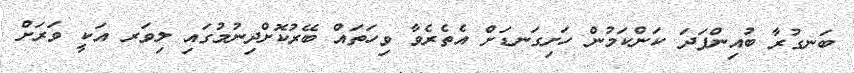
ބަނގުރާ ބުއިންފަދަ ކަންކަމުން ހަށިގަނޑަށް އެތެރެވާ ވިހަތައް ބޭރުކޮށްދިނުމުގައި ލިވަރ އަކީ ވަރަށް